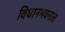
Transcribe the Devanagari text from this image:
विधानभवनात